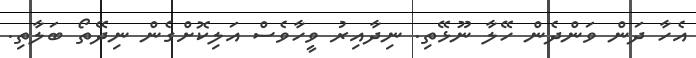
އެހާ ދަން ވަންދެން ހޭލާ ނޫޅޭތި. ނިދާއިރު ވީހާވެސް އަލިކޮށްގެން ނިދޭތޯ ބަލާތި.